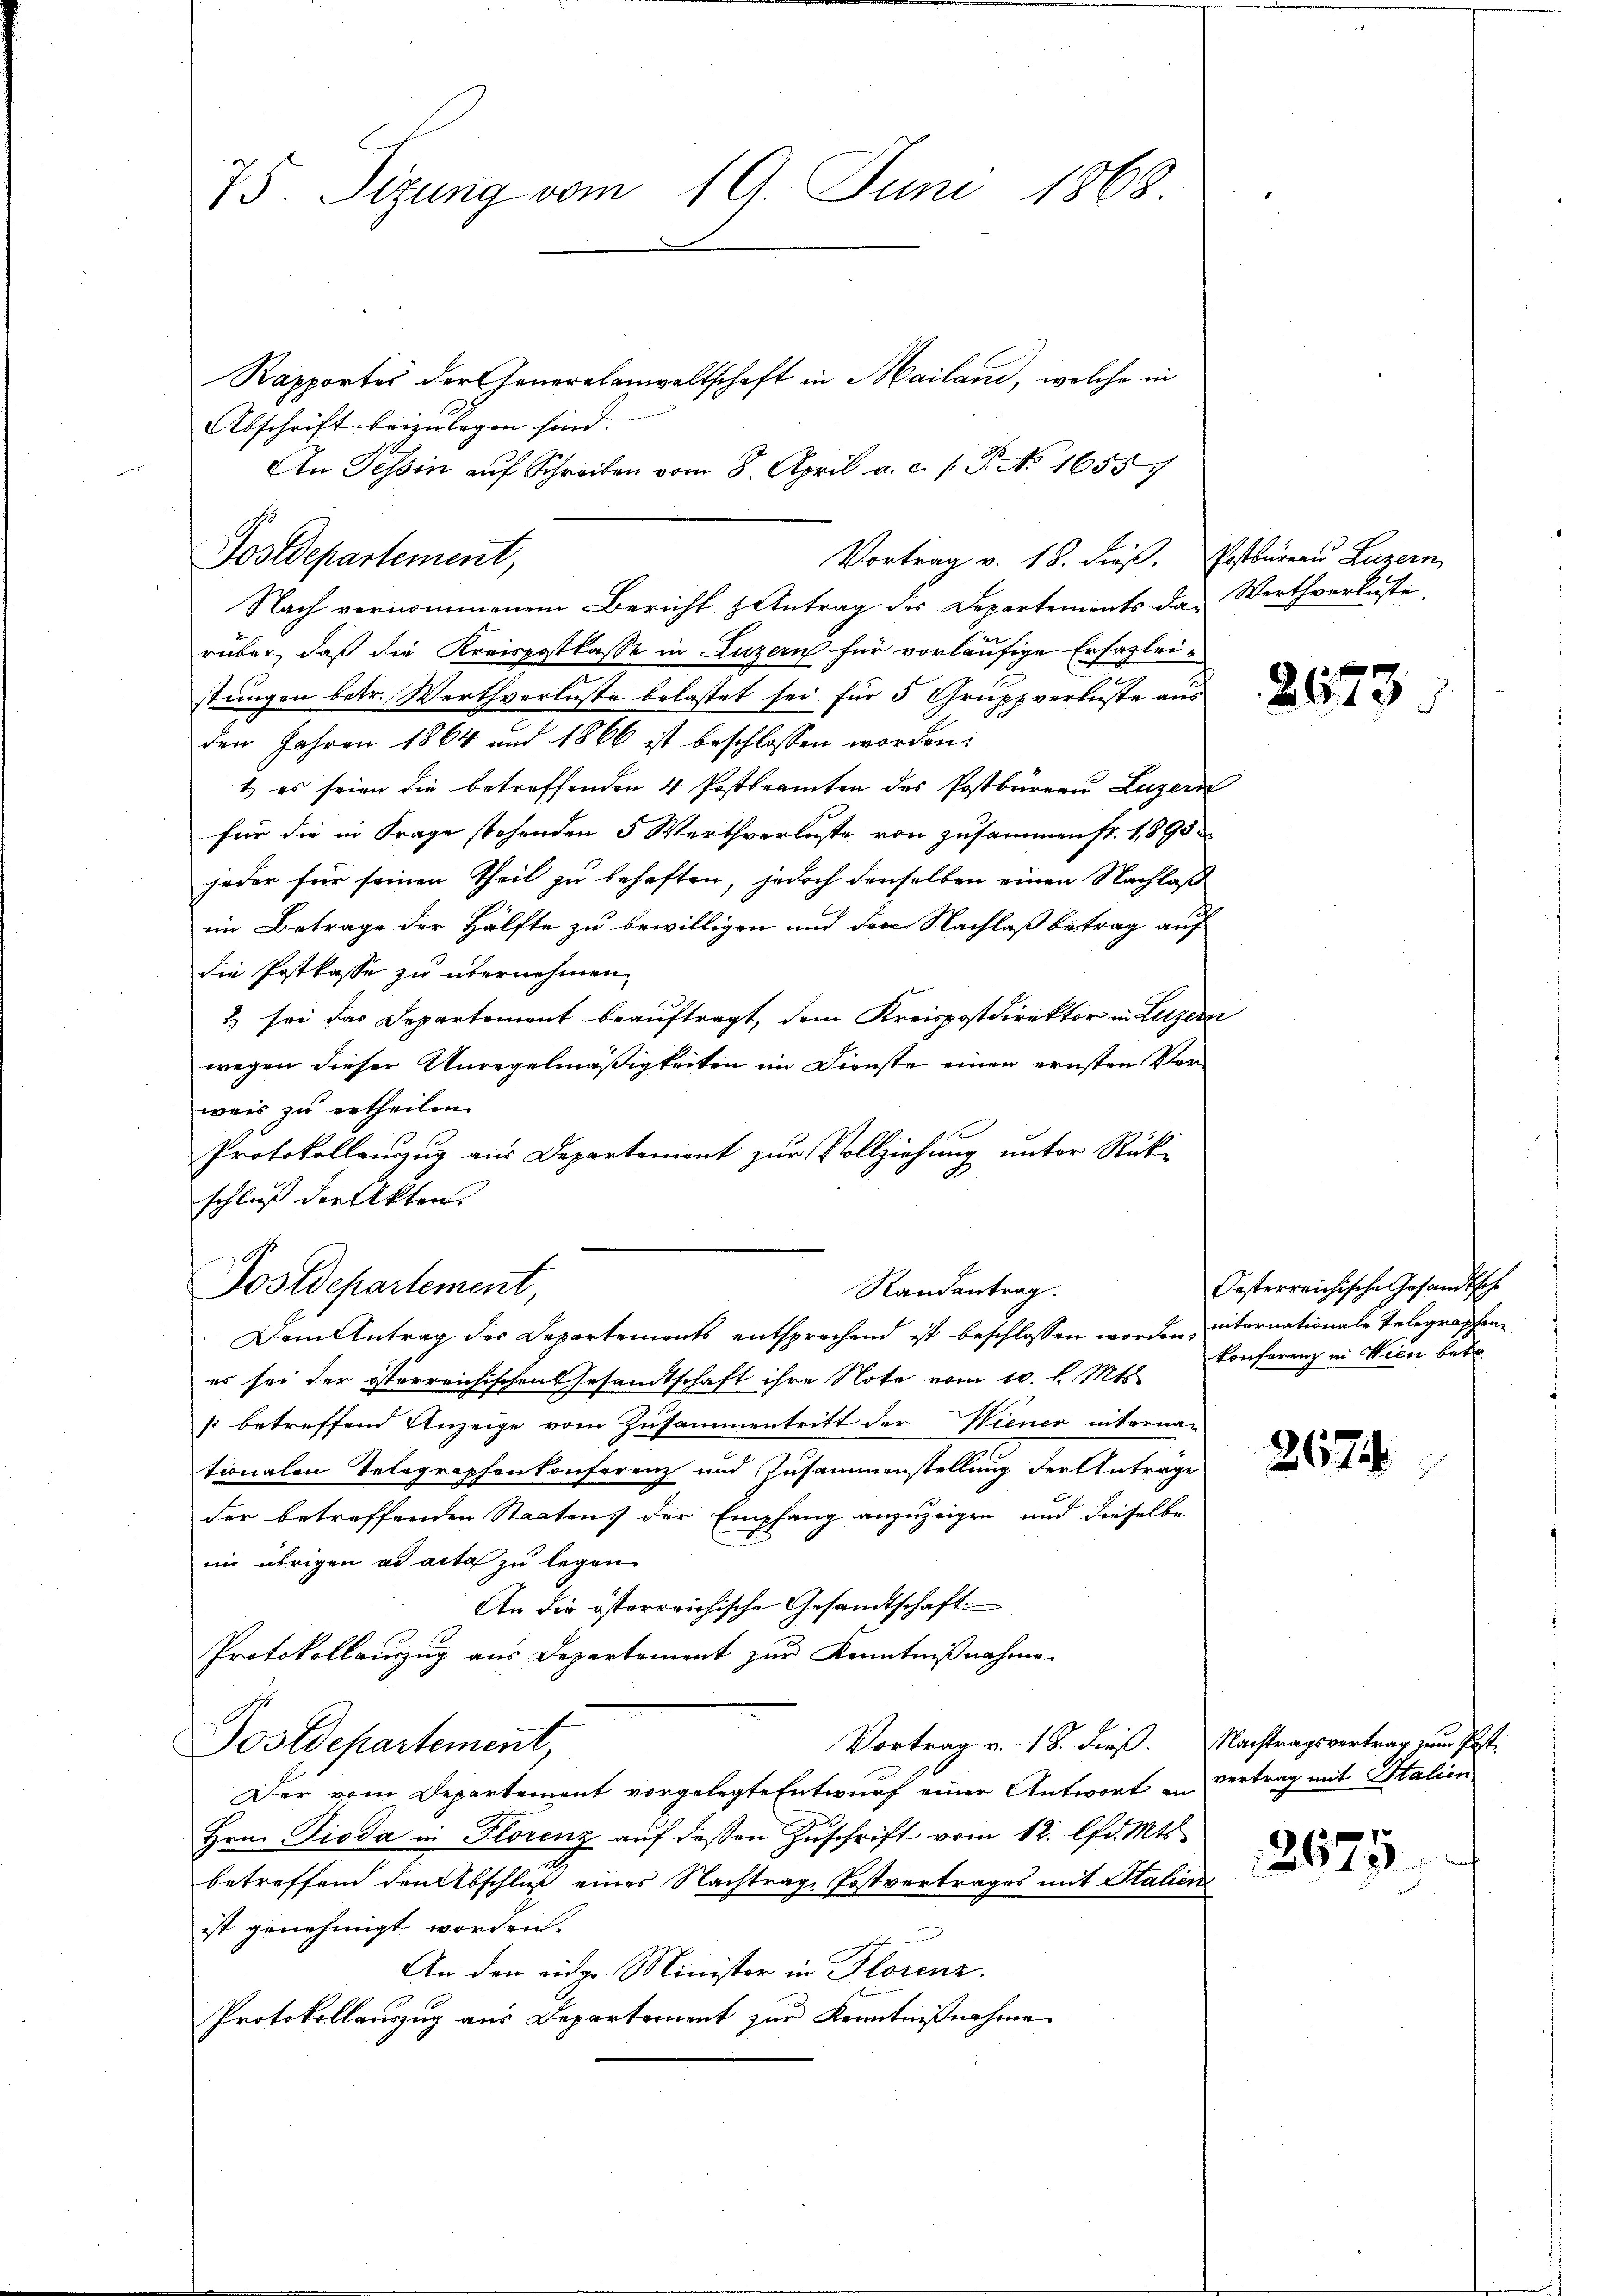
75. Sizung vom 19. Juni 1868

Rapportes der Generalanwaltschaft in Mailand, welche in
Abschrift beizulegen sind. |
An Tessin auf Schreiben vom 8. April a. c. s. P. No. 1655/

Postdepartement,
Vortrag v. 18. dieß. Postbureau Luzern

Postdepartement,

Nach vernommenem Bericht & Antrag des Departements das Werthverlüste,
rüber, daß die Kreispostkasse in Luzern für vorläufige Erfazleistungen betr. Werthverluste belastet sei für 5 Gruppverluste aus
den Jahren 1864 und 1866 ist beschlossen worden.
1. es seien die betreffenden 4 Postbeamten des Postbüreau Luzern
für die in Frage stehenden 5 Werthverluste von zusammen fr. 1890
jeder für seinen Theil zu behaften, jedoch denselben einen Nachlaß
im Betrage der Hälfte zu bewilligen und den Nachlaß betrag auf
die Postkasse zu übernehmen,
2) sei das Departement beauftragt, dem Kreispostdirektor in Luzern
wegen dieser Unregelmäßigkeiten im Dienste einen ernsten Ver-
weis zu ertheilen.
Protokollenzug aus Departement zur Vollziehung unter Rükschluß der Akten.
Dem Antrag des Departements entsprechend ist beschlossen worden, internationale Telegraphen
es sei der österreichischen Gesandtschaft ihre Note vom 10. l. Mts.
(betreffend Anzeige vom Zusammentritt der Wiener internau
tionalen Telegraphenkonferenz und Zusammenstellung der Antrage
der betreffenden Staatens der Empfang anzuzeigen und dieselbe
im übrigen ad acta zu legen
An die österreichische Gesandtschaft
Protokollauszug aus Departement zur Kenntnißnahme
Vortrag v. 18. dieß. Nachtragsvertrag zum Post-
Postdepartement,
Der vom Departement vorgelegte Entwurf einer Antwort an Vertrag mit Italien
Hrn. Pioda in Florenz aŭf dessen Zuschrift vom 12. lfd. Mts.
betreffend den Abschluß eines Nachtrage Postvertrages mit Stalien
ist genehmigt worden.
An den eidg. Minister in Florenz.
Protokollauszug aus Departement zur Kenntnißnahme

Randantrag.

2673.

Oesterreichische Gesandtsche
konferenz in Wien betr.

2674.

2675